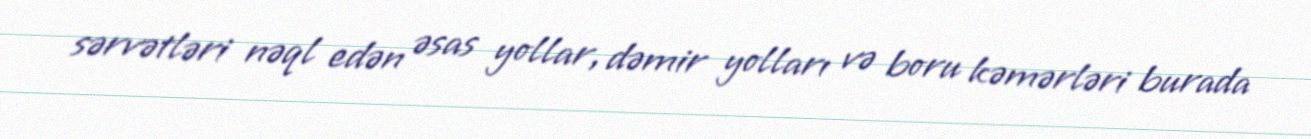
sərvətləri nəql edən əsas yollar, dəmir yolları və boru kəmərləri burada